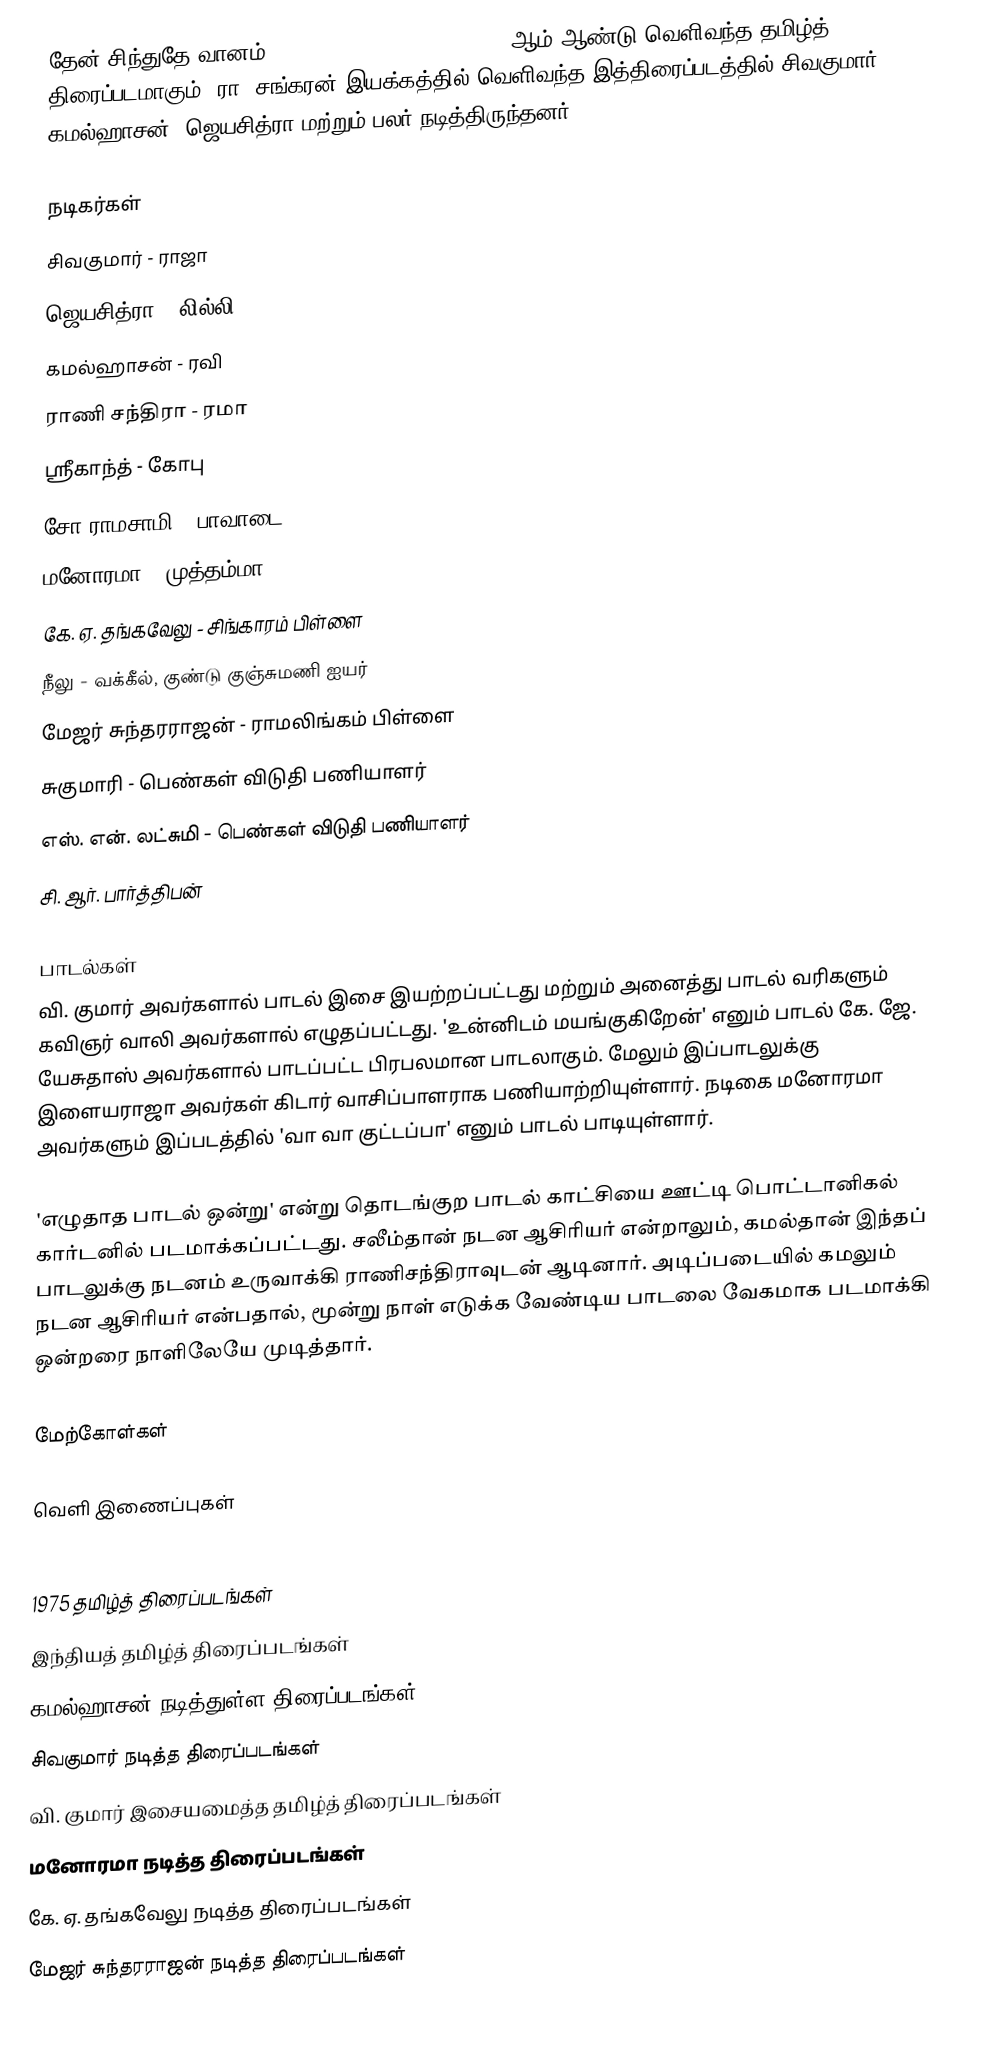
தேன் சிந்துதே வானம் (Then Sindhudhe Vaanam) 1975 ஆம் ஆண்டு வெளிவந்த தமிழ்த் திரைப்படமாகும். ரா. சங்கரன் இயக்கத்தில் வெளிவந்த இத்திரைப்படத்தில் சிவகுமார், கமல்ஹாசன், ஜெயசித்ரா மற்றும் பலர் நடித்திருந்தனர்.

நடிகர்கள்
 சிவகுமார் - ராஜா
 ஜெயசித்ரா - லில்லி
 கமல்ஹாசன் - ரவி
 ராணி சந்திரா - ரமா
 ஸ்ரீகாந்த் - கோபு
 சோ ராமசாமி - பாவாடை
 மனோரமா - முத்தம்மா
 கே. ஏ. தங்கவேலு - சிங்காரம் பிள்ளை
 நீலு - வக்கீல், குண்டு குஞ்சுமணி ஐயர்
 மேஜர் சுந்தரராஜன் - ராமலிங்கம் பிள்ளை
 சுகுமாரி - பெண்கள் விடுதி பணியாளர்
 எஸ். என். லட்சுமி - பெண்கள் விடுதி பணியாளர்
 சி. ஆர். பார்த்திபன்

பாடல்கள்
வி. குமார் அவர்களால் பாடல் இசை இயற்றப்பட்டது மற்றும் அனைத்து பாடல் வரிகளும் கவிஞர் வாலி அவர்களால் எழுதப்பட்டது. 'உன்னிடம் மயங்குகிறேன்' எனும் பாடல் கே. ஜே. யேசுதாஸ் அவர்களால் பாடப்பட்ட பிரபலமான பாடலாகும். மேலும் இப்பாடலுக்கு இளையராஜா அவர்கள் கிடார் வாசிப்பாளராக பணியாற்றியுள்ளார். நடிகை மனோரமா அவர்களும் இப்படத்தில் 'வா வா குட்டப்பா' எனும் பாடல் பாடியுள்ளார்.

'எழுதாத பாடல் ஒன்று' என்று தொடங்குற பாடல் காட்சியை ஊட்டி பொட்டானிகல் கார்டனில் படமாக்கப்பட்டது. சலீம்தான் நடன ஆசிரியர் என்றாலும், கமல்தான் இந்தப் பாடலுக்கு நடனம் உருவாக்கி ராணிசந்திராவுடன் ஆடினார். அடிப்படையில் கமலும் நடன ஆசிரியர் என்பதால், மூன்று நாள் எடுக்க வேண்டிய பாடலை வேகமாக படமாக்கி ஒன்றரை நாளிலேயே முடித்தார்.

மேற்கோள்கள்

வெளி இணைப்புகள்

1975 தமிழ்த் திரைப்படங்கள்
இந்தியத் தமிழ்த் திரைப்படங்கள்
கமல்ஹாசன் நடித்துள்ள திரைப்படங்கள்
சிவகுமார் நடித்த திரைப்படங்கள்
வி. குமார் இசையமைத்த தமிழ்த் திரைப்படங்கள்
மனோரமா நடித்த திரைப்படங்கள்
கே. ஏ. தங்கவேலு நடித்த திரைப்படங்கள்
மேஜர் சுந்தரராஜன் நடித்த திரைப்படங்கள்